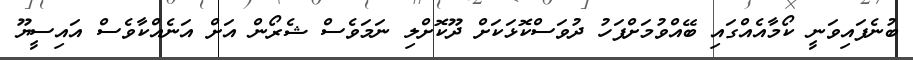
ބުނެފައިވަނީ ކޯމާއެއްގައި ބޭއްވުމަށްފަހު ދުވަސްކޮޅަކަށް ދޫކޮށްލި ނަމަވެސް ޝެރޯން އަށް އަނެއްކާވެސް އައިސީޔޫ